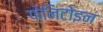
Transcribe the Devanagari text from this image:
फ़ेनिटोइन